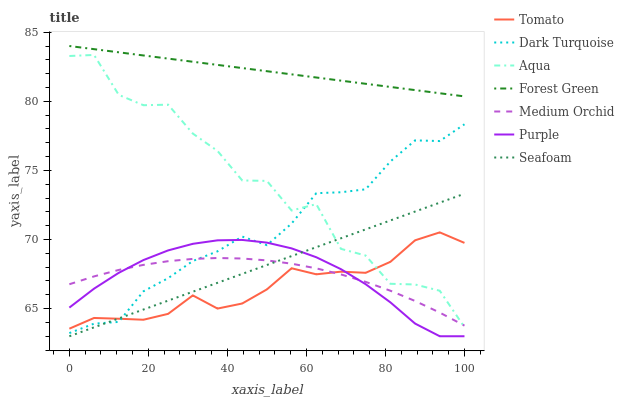
| xaxis_label | Tomato | Dark Turquoise | Aqua | Forest Green | Medium Orchid | Purple | Seafoam |
 | --- | --- | --- | --- | --- | --- | --- | --- |
 | 0 | 63.5 | 63.2 | 83.3 | 84 | 66.8 | 65.1 | 63 |
 | 6.25 | 64.3 | 63.9 | 83.4 | 83.8 | 67.3 | 66.4 | 63.6 |
 | 12.5 | 64.3 | 64 | 80.5 | 83.5 | 67.8 | 67.6 | 64.3 |
 | 18.8 | 64.2 | 66.3 | 79.7 | 83.3 | 68.2 | 68.5 | 64.9 |
 | 25 | 64.6 | 67.2 | 79.8 | 83.1 | 68.4 | 69.2 | 65.6 |
 | 31.2 | 66 | 68.4 | 77.7 | 82.9 | 68.6 | 69.7 | 66.2 |
 | 37.5 | 65 | 69.1 | 76.4 | 82.6 | 68.7 | 69.9 | 66.9 |
 | 43.8 | 65.4 | 70.2 | 74.3 | 82.4 | 68.6 | 70 | 67.5 |
 | 50 | 66.4 | 69.6 | 74.2 | 82.2 | 68.5 | 69.8 | 68.2 |
 | 56.2 | 67.9 | 71.2 | 72.1 | 81.9 | 68.3 | 69.4 | 68.8 |
 | 62.5 | 67.5 | 73.4 | 72.6 | 81.7 | 67.9 | 68.7 | 69.4 |
 | 68.8 | 67.7 | 73.4 | 69.3 | 81.5 | 67.5 | 67.9 | 70.1 |
 | 75 | 67.6 | 73.6 | 68.8 | 81.3 | 66.9 | 66.8 | 70.7 |
 | 81.2 | 68.4 | 75.6 | 66.8 | 81 | 66.3 | 65.5 | 71.4 |
 | 87.5 | 69.9 | 77.2 | 66.7 | 80.8 | 65.6 | 63.9 | 72 |
 | 93.8 | 70.5 | 77.1 | 66.3 | 80.6 | 64.7 | 63 | 72.7 |
 | 100 | 69.8 | 78.3 | 63.7 | 80.4 | 63.8 | 63 | 73.3 |